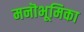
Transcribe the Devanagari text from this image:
मनॊभूमिका